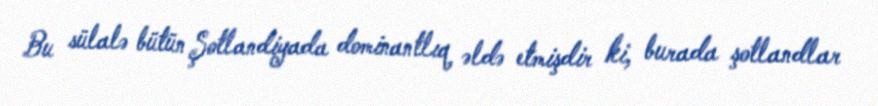
Bu sülalə bütün Şotlandiyada dominantlıq əldə etmişdir ki, burada şotlandlar